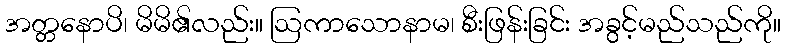
အတ္တနောပိ၊ မိမိ၏လည်း။ ဩကာသောနာမ၊ စီးဖြန်းခြင်း အခွင့်မည်သည်ကို။